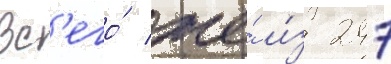
Вс'его́ же́ и́з 247